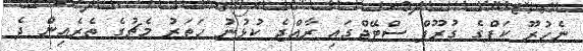
ނެހުރޫ ކަޕްގެ ގުރޫޕް ސްޓޭޖްގައި ރާއްޖެ ކުޅުނު ހަތަރު މެޗުގެ ތެރެއިން ދެ